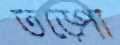
তড়্‌পো